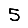
Digit: 5